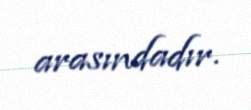
arasındadır.